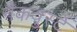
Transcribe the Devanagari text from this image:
नैकवुर्स्टे